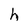
Character: h